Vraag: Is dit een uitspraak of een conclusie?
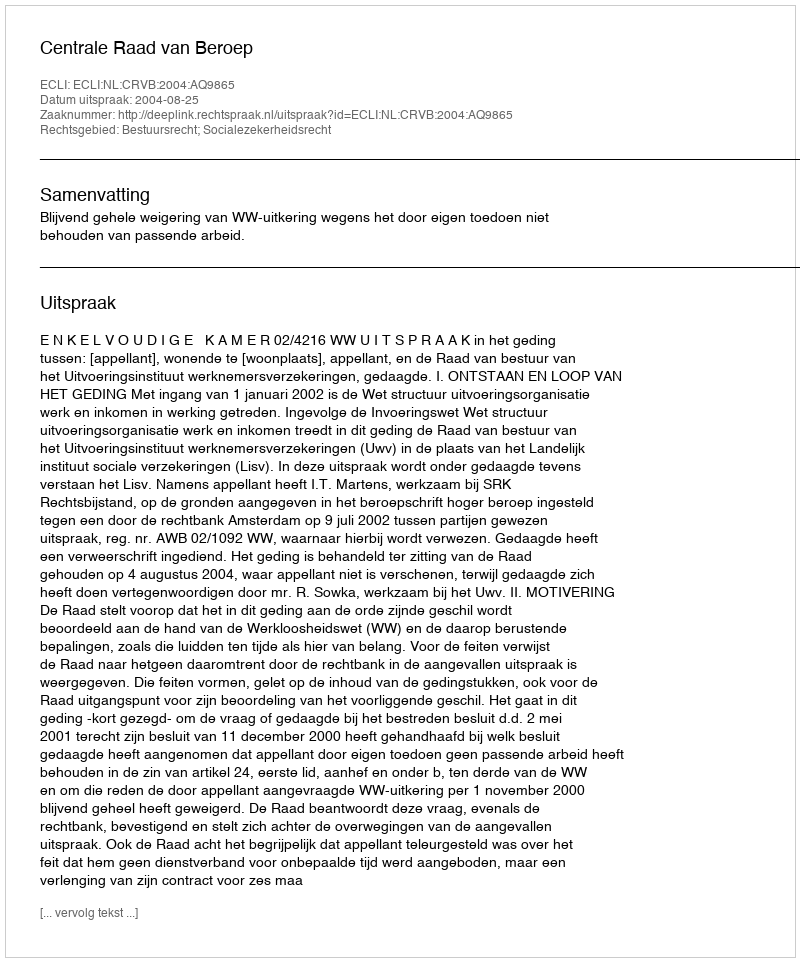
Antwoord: Uitspraak